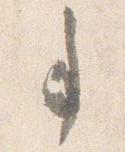
事